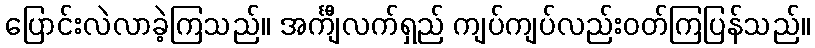
ပြောင်းလဲလာခဲ့ကြသည်။ အင်္ကျီလက်ရှည် ကျပ်ကျပ်လည်းဝတ်ကြပြန်သည်။